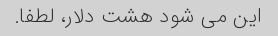
این می شود هشت دلار، لطفا.